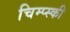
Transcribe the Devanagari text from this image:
चिम्प्स्की